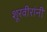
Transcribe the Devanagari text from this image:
शूरवीरांनी